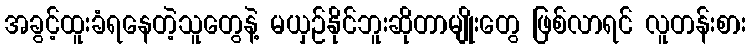
အခွင့်ထူးခံရနေတဲ့သူတွေနဲ့ မယှဉ်နိုင်ဘူးဆိုတာမျိုးတွေ ဖြစ်လာရင် လူတန်းစား